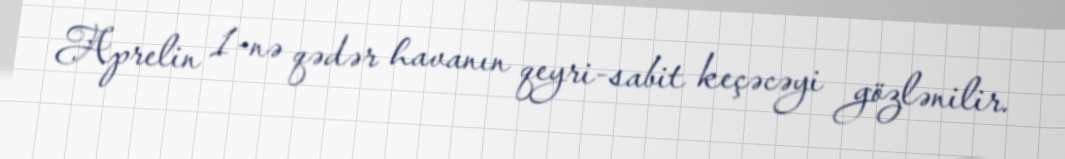
Aprelin 1-nə qədər havanın qeyri-sabit keçəcəyi gözlənilir.